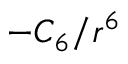
- C _ { 6 } / r ^ { 6 }